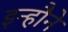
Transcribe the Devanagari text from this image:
इन्हौने